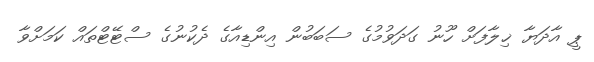
ޕީ އާދަޔާ ޚިލާފަށް ހޫނު ގަދަވުމުގެ ސަބަބުން އިންޑިއާގެ ދެކުނުގެ ސްޓޭޓްތައް ކަމަށްވާ